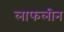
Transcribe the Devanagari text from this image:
लाफलीन